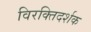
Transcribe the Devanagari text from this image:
विरक्तिदर्शक